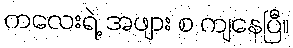
ကလေးရဲ့ အဖျား စ ကျနေပြီ။